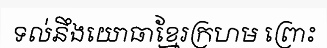
ទល់នឹងយោធាខ្មែរក្រហម ព្រោះ